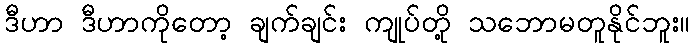
ဒီဟာ ဒီဟာကိုတော့ ချက်ချင်း ကျုပ်တို့ သဘောမတူနိုင်ဘူး။